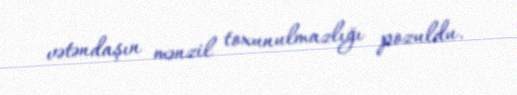
vətəndaşın mənzil toxunulmazlığı pozuldu.